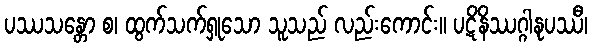
ပဿသန္တော စ၊ ထွက်သက်ရှုသော သူသည် လည်းကောင်း။ ပဋိနိဿဂ္ဂါနုပဿီ၊